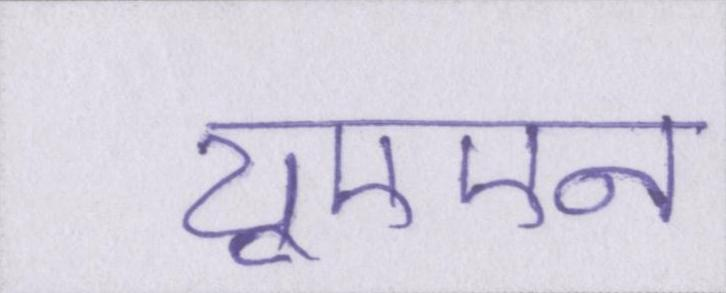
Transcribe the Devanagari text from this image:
यूएएन